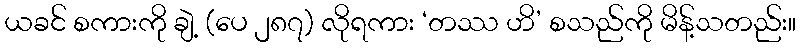
ယခင် စကားကို ချဲ့ (ပေ ၂၈၇) လိုရကား ‘တဿ ဟိ’ စသည်ကို မိန့်သတည်း။